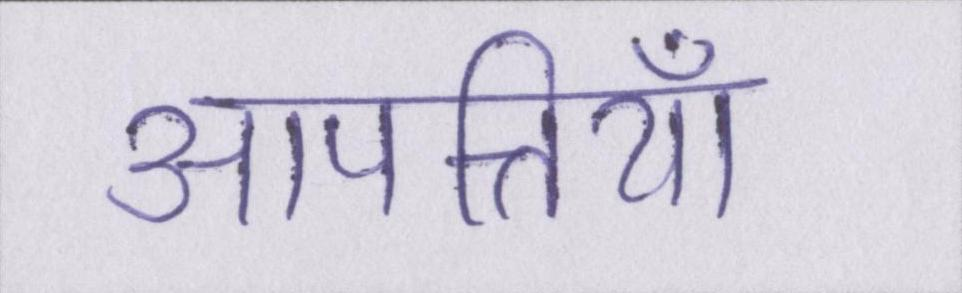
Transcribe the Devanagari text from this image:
आपत्तियाँ